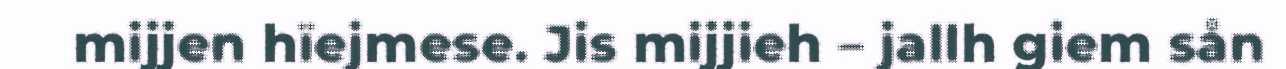
mijjen hïejmese. Jis mijjieh – jallh giem sån